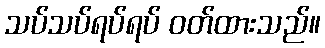
သပ်သပ်ရပ်ရပ် ဝတ်ထားသည်။